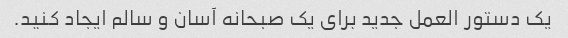
یک دستور العمل جدید برای یک صبحانه آسان و سالم ایجاد کنید.